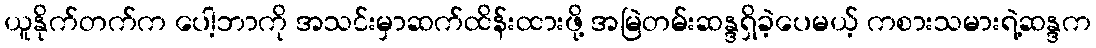
ယူနိုက်တက်က ပေါ့ဘာကို အသင်းမှာဆက်ထိန်းထားဖို့ အမြဲတမ်းဆန္ဒရှိခဲ့ပေမယ့် ကစားသမားရဲ့ဆန္ဒက